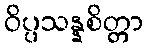
ဝိပ္ပသန္နစိတ္တာ